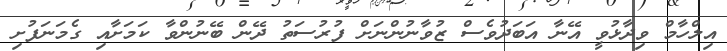
އިލްހާމް ވިދާޅުވީ އޭނާ އަބަދުވެސް ޒުވާނުންނަށް ފުރުސަތު ދޭން ބޭނުންވާ ކަމަށާއި ގެމަނަފުށި